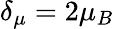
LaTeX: \delta_{\mu}=2\mu_{B}